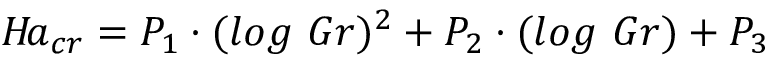
H \! a _ { c r } = P _ { 1 } \cdot ( l o g \ G r ) ^ { 2 } + P _ { 2 } \cdot ( l o g \ G r ) + P _ { 3 }